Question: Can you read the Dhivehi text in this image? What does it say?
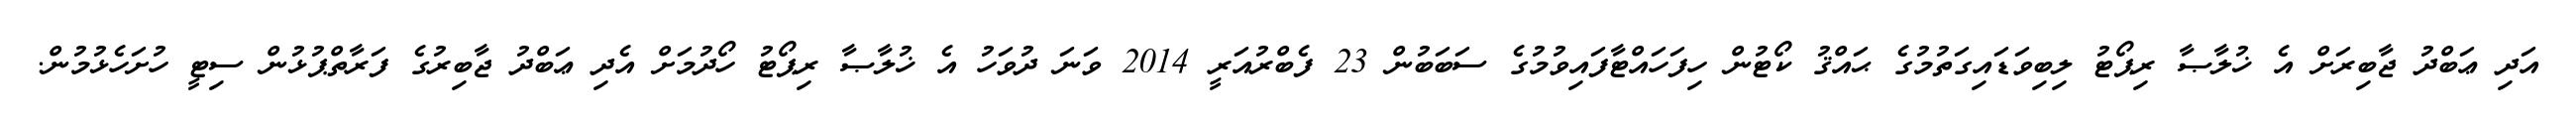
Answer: އަދި ޢަބްދު ޖާބިރަށް އެ ޚުލާޞާ ރިޕޯޓު ލިބިވަޑައިގަތުމުގެ ޙައްޤު ކޯޓުން ހިފަހައްޓާފައިވުމުގެ ސަބަބުން 23 ފެބްރުއަރީ 2014 ވަނަ ދުވަހު އެ ޚުލާޞާ ރިޕޯޓު ހޯދުމަށް އެދި ޢަބްދު ޖާބިރުގެ ފަރާތްޕުޅުން ސިޓީ ހުށަހެޅުމުން.